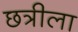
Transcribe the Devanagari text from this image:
छत्रीला